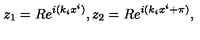
z _ { 1 } = R e ^ { i ( k _ { i } x ^ { i } ) } , z _ { 2 } = R e ^ { i ( k _ { i } x ^ { i } + \pi ) } ,